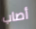
أصاب